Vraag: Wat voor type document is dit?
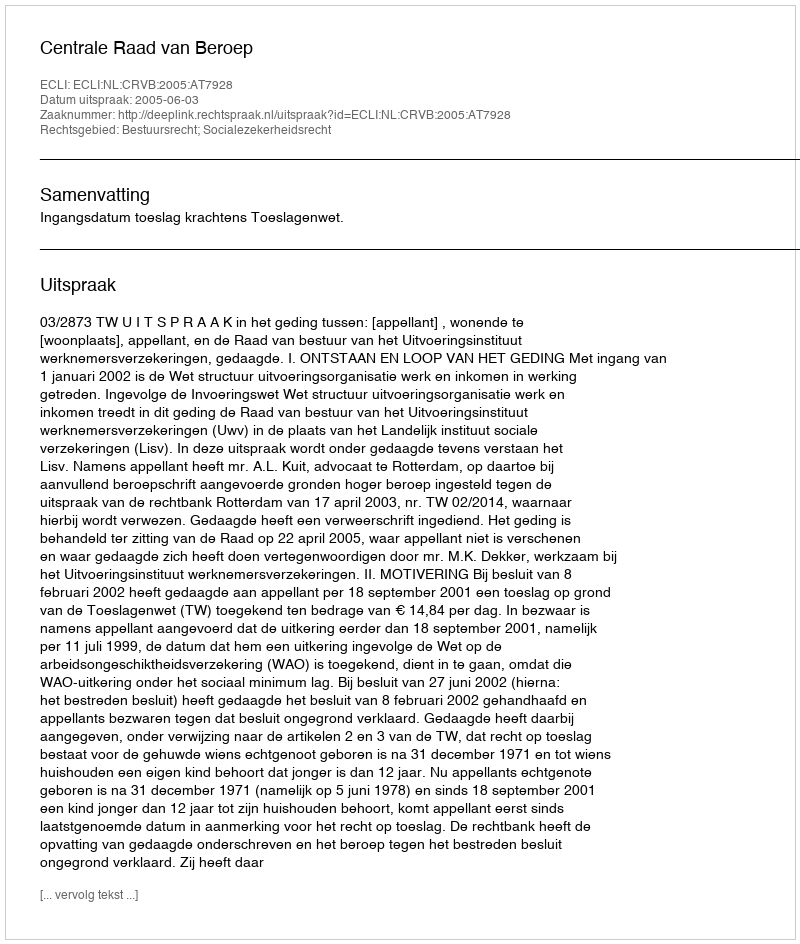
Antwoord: Uitspraak